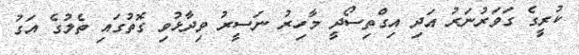
ކުރީގެ ގަވަރުނަރު އަދި އިގްތިސޯދީ މާހިރު ނަސީރު ވިދާޅުވި ގޮތުގައި ތެލުގެ އަގު